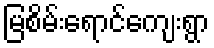
မြစိမ်းရောင်ကျေးရွာ